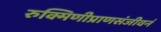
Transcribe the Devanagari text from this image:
रुक्मिणीप्राणसंजीवनं